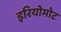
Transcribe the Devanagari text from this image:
इरियोमोट